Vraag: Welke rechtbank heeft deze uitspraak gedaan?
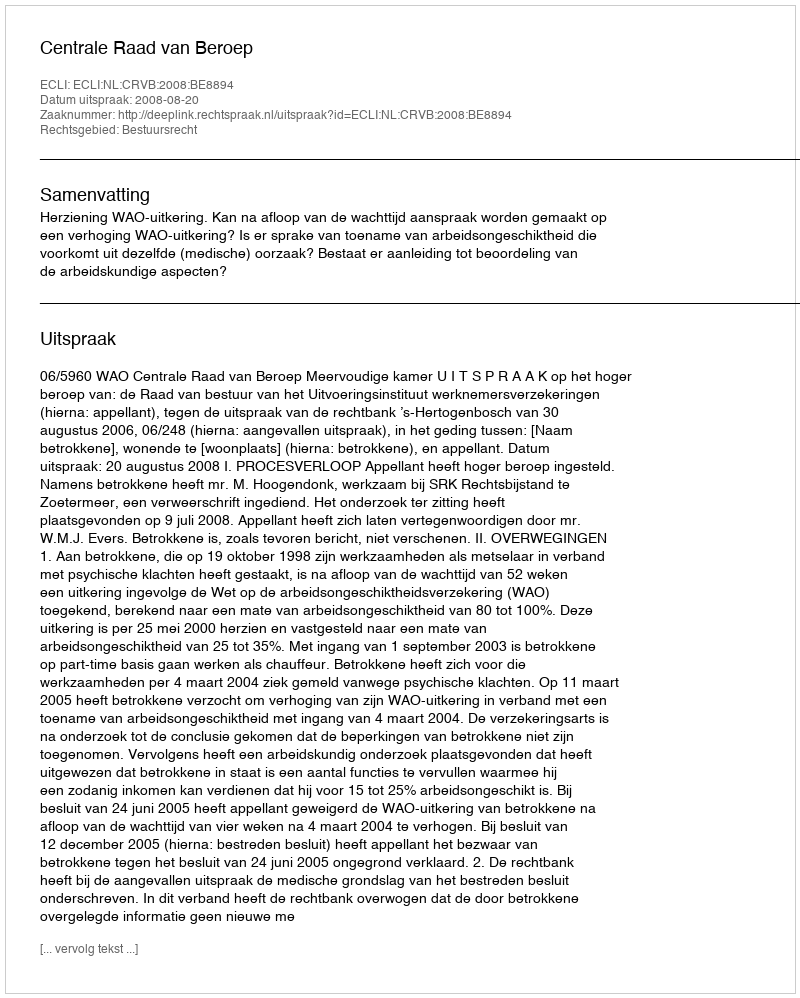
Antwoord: Centrale Raad van Beroep